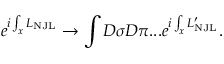
e ^ { i \int _ { x } { \cal L } _ { \mathrm { N J L } } } \to \int D \sigma D \pi . . . e ^ { i \int _ { x } { \cal L } _ { \mathrm { N J L } } ^ { \prime } } .